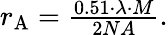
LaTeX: \begin{array}{r}{r_{\mathrm{A}}=\frac{0.51\cdot\lambda\cdot M}{2NA}.}\end{array}